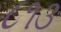
૮૧૩